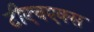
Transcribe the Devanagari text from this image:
टीएचएक्स